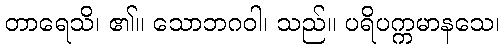
တာရေသိ၊ ၏။ သောဘဂဝါ၊ သည်။ ပရိပက္ကမာနသေ၊